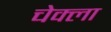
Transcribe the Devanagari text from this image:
चेक्ला